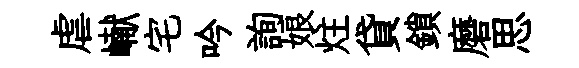
虐𪩘宅吟詢娘炷貸鎖磨思